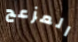
المزعج